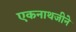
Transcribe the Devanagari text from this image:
एकनाथजीने